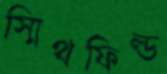
স্মিথফিল্ড